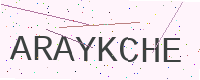
Text: ARAYKCHE